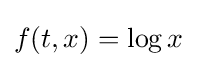
f(t,x)=\log x